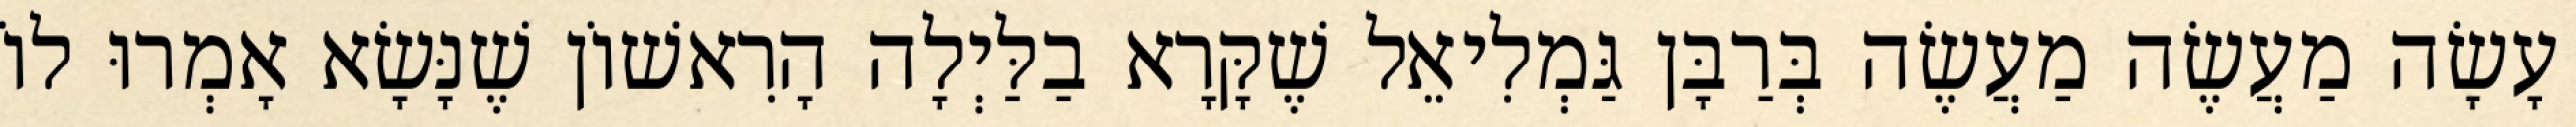
עָשָׂה מַעֲשֶׂה מַעֲשֶׂה בְּרַבָּן גַּמְלִיאֵל שֶׁקָּרָא בַלַּיְלָה הָרִאשׁוֹן שֶׁנָּשָׂא אָמְרוּ לוֹ